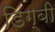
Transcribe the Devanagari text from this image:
डिग्‍बी